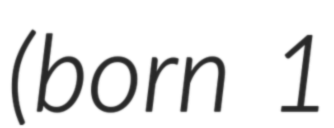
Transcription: (born 1